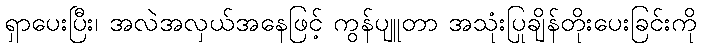
ရှာပေးပြီး၊ အလဲအလှယ်အနေဖြင့် ကွန်ပျူတာ အသုံးပြုချိန်တိုးပေးခြင်းကို